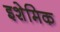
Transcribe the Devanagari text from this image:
इशेमिक